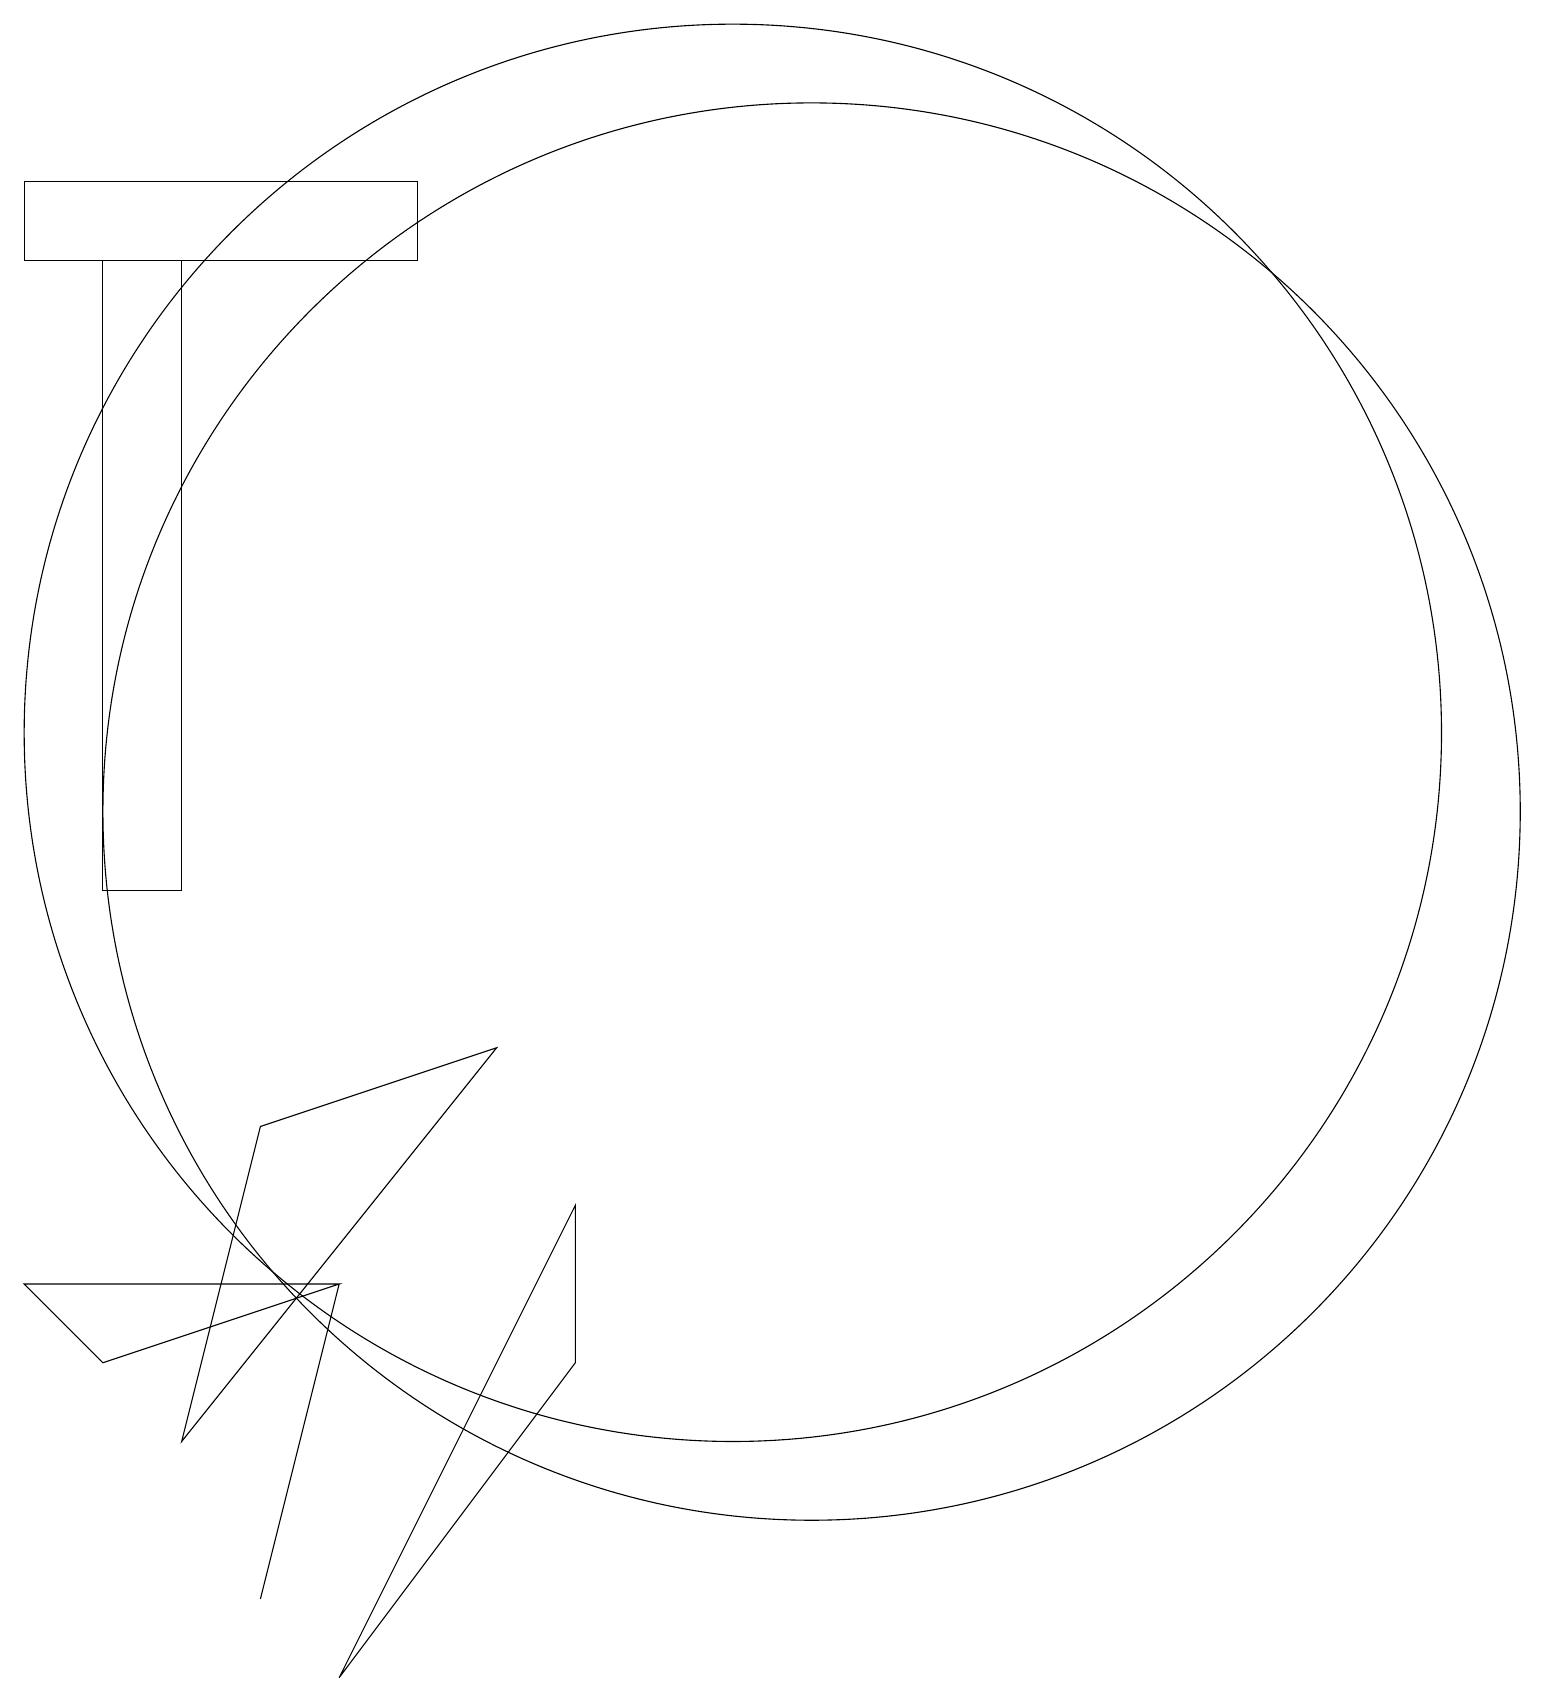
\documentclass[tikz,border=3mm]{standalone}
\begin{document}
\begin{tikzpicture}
\draw (2,19) rectangle (7,18);
\draw (4,3) -- (8,8) -- (5,7) -- cycle;
\draw (11,12) circle (9);
\draw (9,4) -- (9,6) -- (6,0) -- cycle;
\draw (12,11) circle (9);
\draw (3,10) rectangle (4,18);
\draw (6,5) -- (5,1) -- (6,5) -- cycle;
\draw (2,5) -- (3,4) -- (6,5) -- cycle;
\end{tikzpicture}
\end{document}